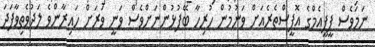
ނަމަވެސް ޕީޕީއެމްގެ އޮފީސްތެރެއަށް ވަނުމުން ހުރިހާ ބޭފުޅުންނަށްވެސް ވަނީ ވަރަށް ހައިރާންވެ ލަދުވެތިވާފަދަ